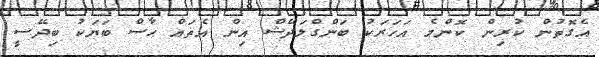
އެގޮތުން ކުރިން ކޮންމެ އަހަރަކު ބަންގްލަދޭޝް އިން އެތައް ޙާސް ބަޔަކު ބިދޭސީ